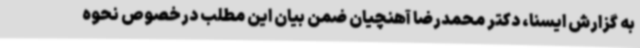
به گزارش ایسنا، دکتر محمدرضا آهنچیان ضمن بیان این مطلب درخصوص نحوه